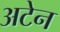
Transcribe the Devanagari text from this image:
अटेन